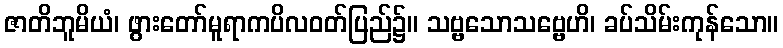
ဇာတိဘူမိယံ၊ ဖွားတော်မူရာကပိလဝတ်ပြည်၌။ သဗ္ဗသောသဗ္ဗေဟိ၊ ခပ်သိမ်းကုန်သော။